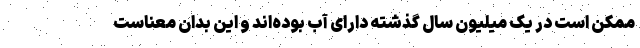
ممکن است در یک میلیون سال گذشته دارای آب‌ بوده‌اند و این بدان معناست